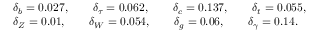
\begin{array} { l } { { \delta _ { b } = 0 . 0 2 7 , \qquad \delta _ { \tau } = 0 . 0 6 2 , \qquad \delta _ { c } = 0 . 1 3 7 , \qquad \delta _ { t } = 0 . 0 5 5 , } } \\ { { \delta _ { Z } = 0 . 0 1 , \qquad \delta _ { W } = 0 . 0 5 4 , \qquad \delta _ { g } = 0 . 0 6 , \qquad \delta _ { \gamma } = 0 . 1 4 . } } \end{array}